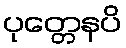
ပုတ္တေနပိ